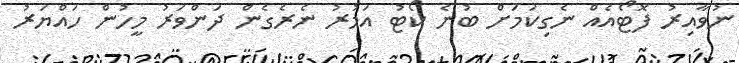
ނުވާއިރު ފޮޓޯއެއް ނެގިކަމަށް ބުނެ ކޯޓު އަމުރު ނެރެގެން ދަންވަރު މީހުން ހައްޔަރު